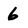
Character: 6